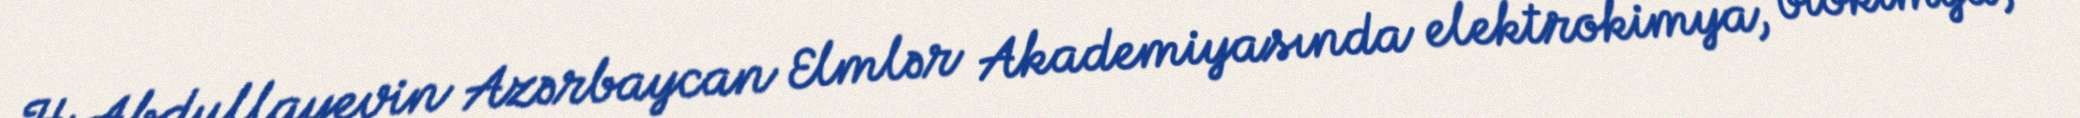
H.Abdullayevin Azərbaycan Elmlər Akademiyasında elektrokimya, biokimya,